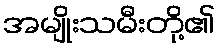
အမျိုးသမီးတို့၏